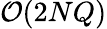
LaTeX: \mathcal{O}(2NQ)